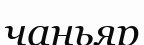
чаньяр